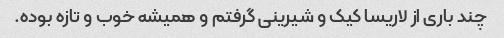
چند باری از لاریسا کیک و شیرینی گرفتم و همیشه خوب و تازه بوده.